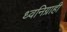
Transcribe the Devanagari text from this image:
ध्वनिग्राही